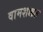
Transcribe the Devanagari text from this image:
वामशक्कत